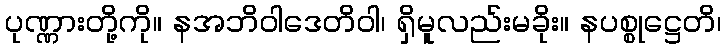
ပုဏ္ဏားတို့ကို။ နအဘိဝါဒေတိဝါ၊ ရှိမူလည်းမခိုး။ နပစ္စုဋ္ဌေတိ၊